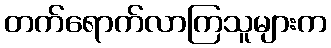
တက်ရောက်လာကြသူများက